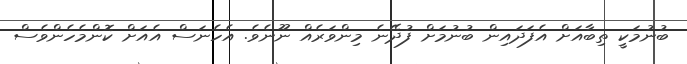
ބުނުމަކީ ތިބާއަށް އެފަދައިން ބުނުމަށް ފުދޭނެ މިންވަރެއް ނޫނެވެ. އެހެނަސް އެއަށް ކޮންމެހެންވެސް